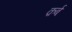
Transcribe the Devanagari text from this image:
क़र्ब